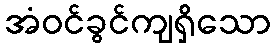
အံဝင်ခွင်ကျရှိသော